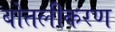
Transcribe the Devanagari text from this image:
बोतलीकरण